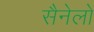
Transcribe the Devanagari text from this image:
सैनेलो